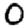
Digit: 0